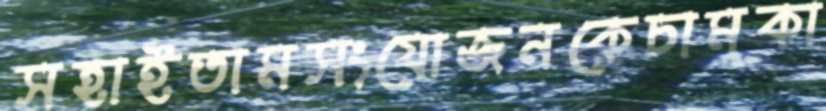
সহাইতামসংযোজনকেচামকা